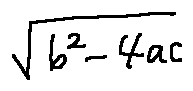
\sqrt { b ^ { 2 } - 4 a c }